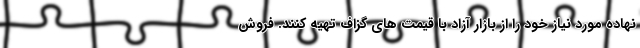
نهاده مورد نیاز خود را از بازار آزاد با قیمت های گزاف تهیه کنند. فروش